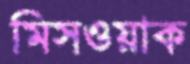
মিসওয়াক